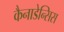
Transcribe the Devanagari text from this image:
कैनाडेन्सिस